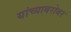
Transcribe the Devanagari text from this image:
यांच्‍याबरोबर